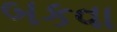
બકવા